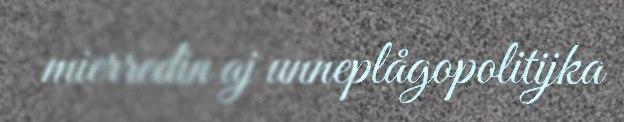
mierredin aj unneplågopolitijka